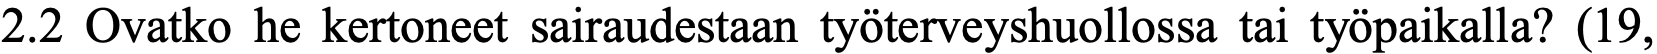
2.2 Ovatko he kertoneet sairaudestaan työterveyshuollossa tai työpaikalla? (19,